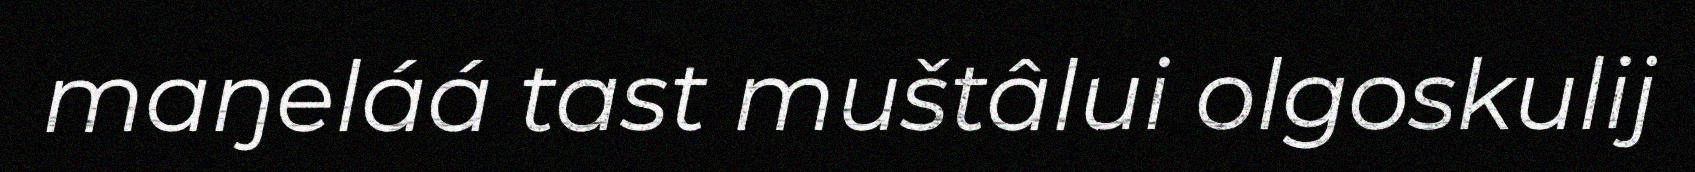
maŋeláá tast muštâlui olgoskulij